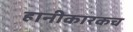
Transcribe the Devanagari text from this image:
हानीकारकच